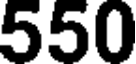
550